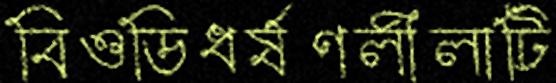
বিওডিধর্ষণলীলাটি